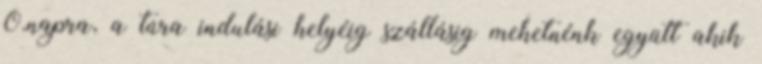
0.napra, a túra indulási helyéig szállásig mehetnénk együtt akik